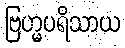
ဗြဟ္မပရိသာယ